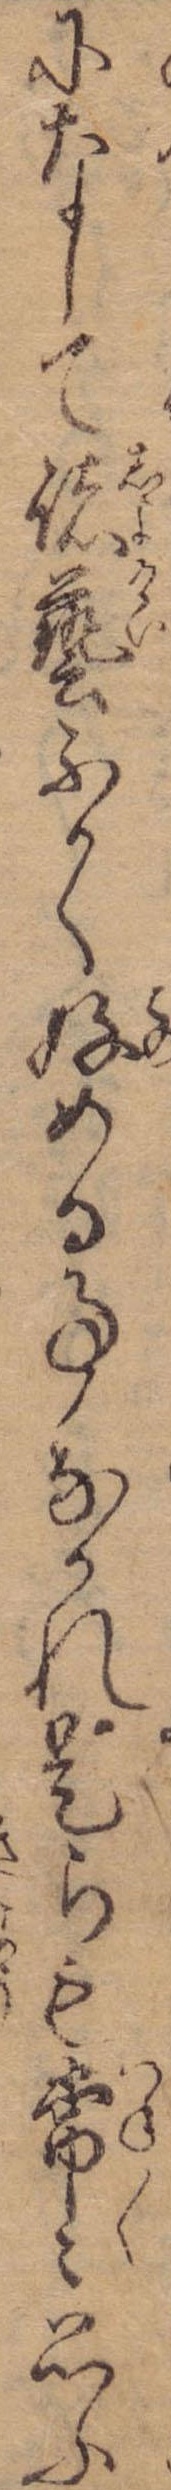
になして諸芸ふかく好める事なかれ是らも常々思ふ